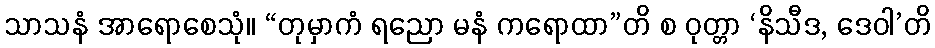
သာသနံ အာရောစေသုံ။ “တုမှာကံ ရညော မနံ ကရောထာ”တိ စ ဝုတ္တာ ‘နိသီဒ, ဒေဝါ’တိ